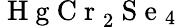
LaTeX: \mathrm{~H~g~C~r~}_{2}\mathrm{~S~e~}_{4}